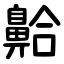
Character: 䶎